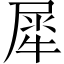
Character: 犀